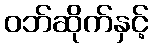
ဝဘ်ဆိုက်နှင့်